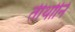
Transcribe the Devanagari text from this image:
तीर्थानि